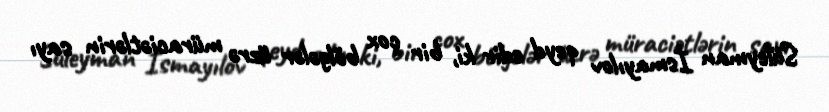
Süleyman İsmayılov qeyd edir ki, bir çox bölgələr üzrə müraciətlərin sayı